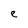
Character: e